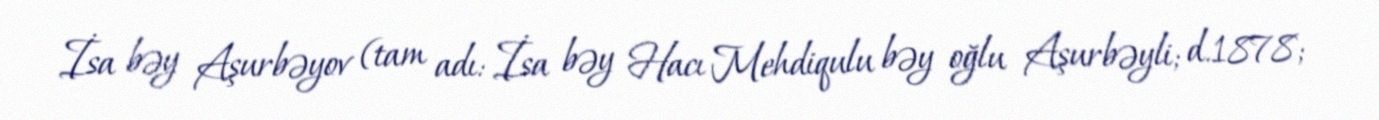
İsa bəy Aşurbəyov (tam adı: İsa bəy Hacı Mehdiqulu bəy oğlu Aşurbəyli; d.1878;